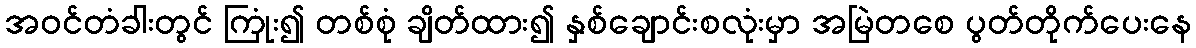
အဝင်တံခါးတွင် ကြုံး၍ တစ်စုံ ချိတ်ထား၍ နှစ်ချောင်းစလုံးမှာ အမြဲတစေ ပွတ်တိုက်ပေးနေ